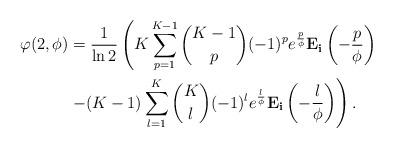
LaTeX: \begin{align*}\varphi(2,\phi) &=\frac{1}{\ln 2} \left(K \sum^{K-1}_{p=1} {K-1 \choose p}(-1)^p e^{\frac{p}{\phi}} \mathbf{E_i}\left(-\frac{p}{\phi}\right) \right. \\ &\left. - (K-1) \sum^{K}_{l=1}{K \choose l}(-1)^l e^{\frac{l}{\phi}} \mathbf{E_i}\left(-\frac{l}{\phi}\right) \right) .\end{align*}